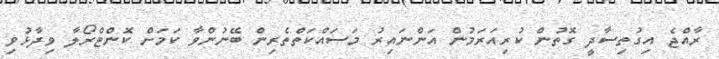
ރާއްޖެ އިގުތިސާދީ ގޮތުން ކުރިއަރަމުން އަންނައިރު މަސައްކަތްތެރިން ބޭނުންވާ ކަމަށް ކޮންޓްރޯލާ ވިދާޅުވި